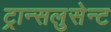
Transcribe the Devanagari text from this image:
ट्रान्सलुसेन्ट